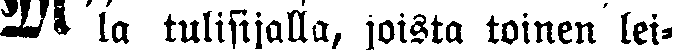
# la tulisijalla, joista toinen lei-